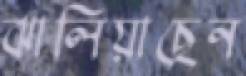
ঝালিয়াছেন